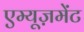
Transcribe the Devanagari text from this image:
एम्यूज़मेंट